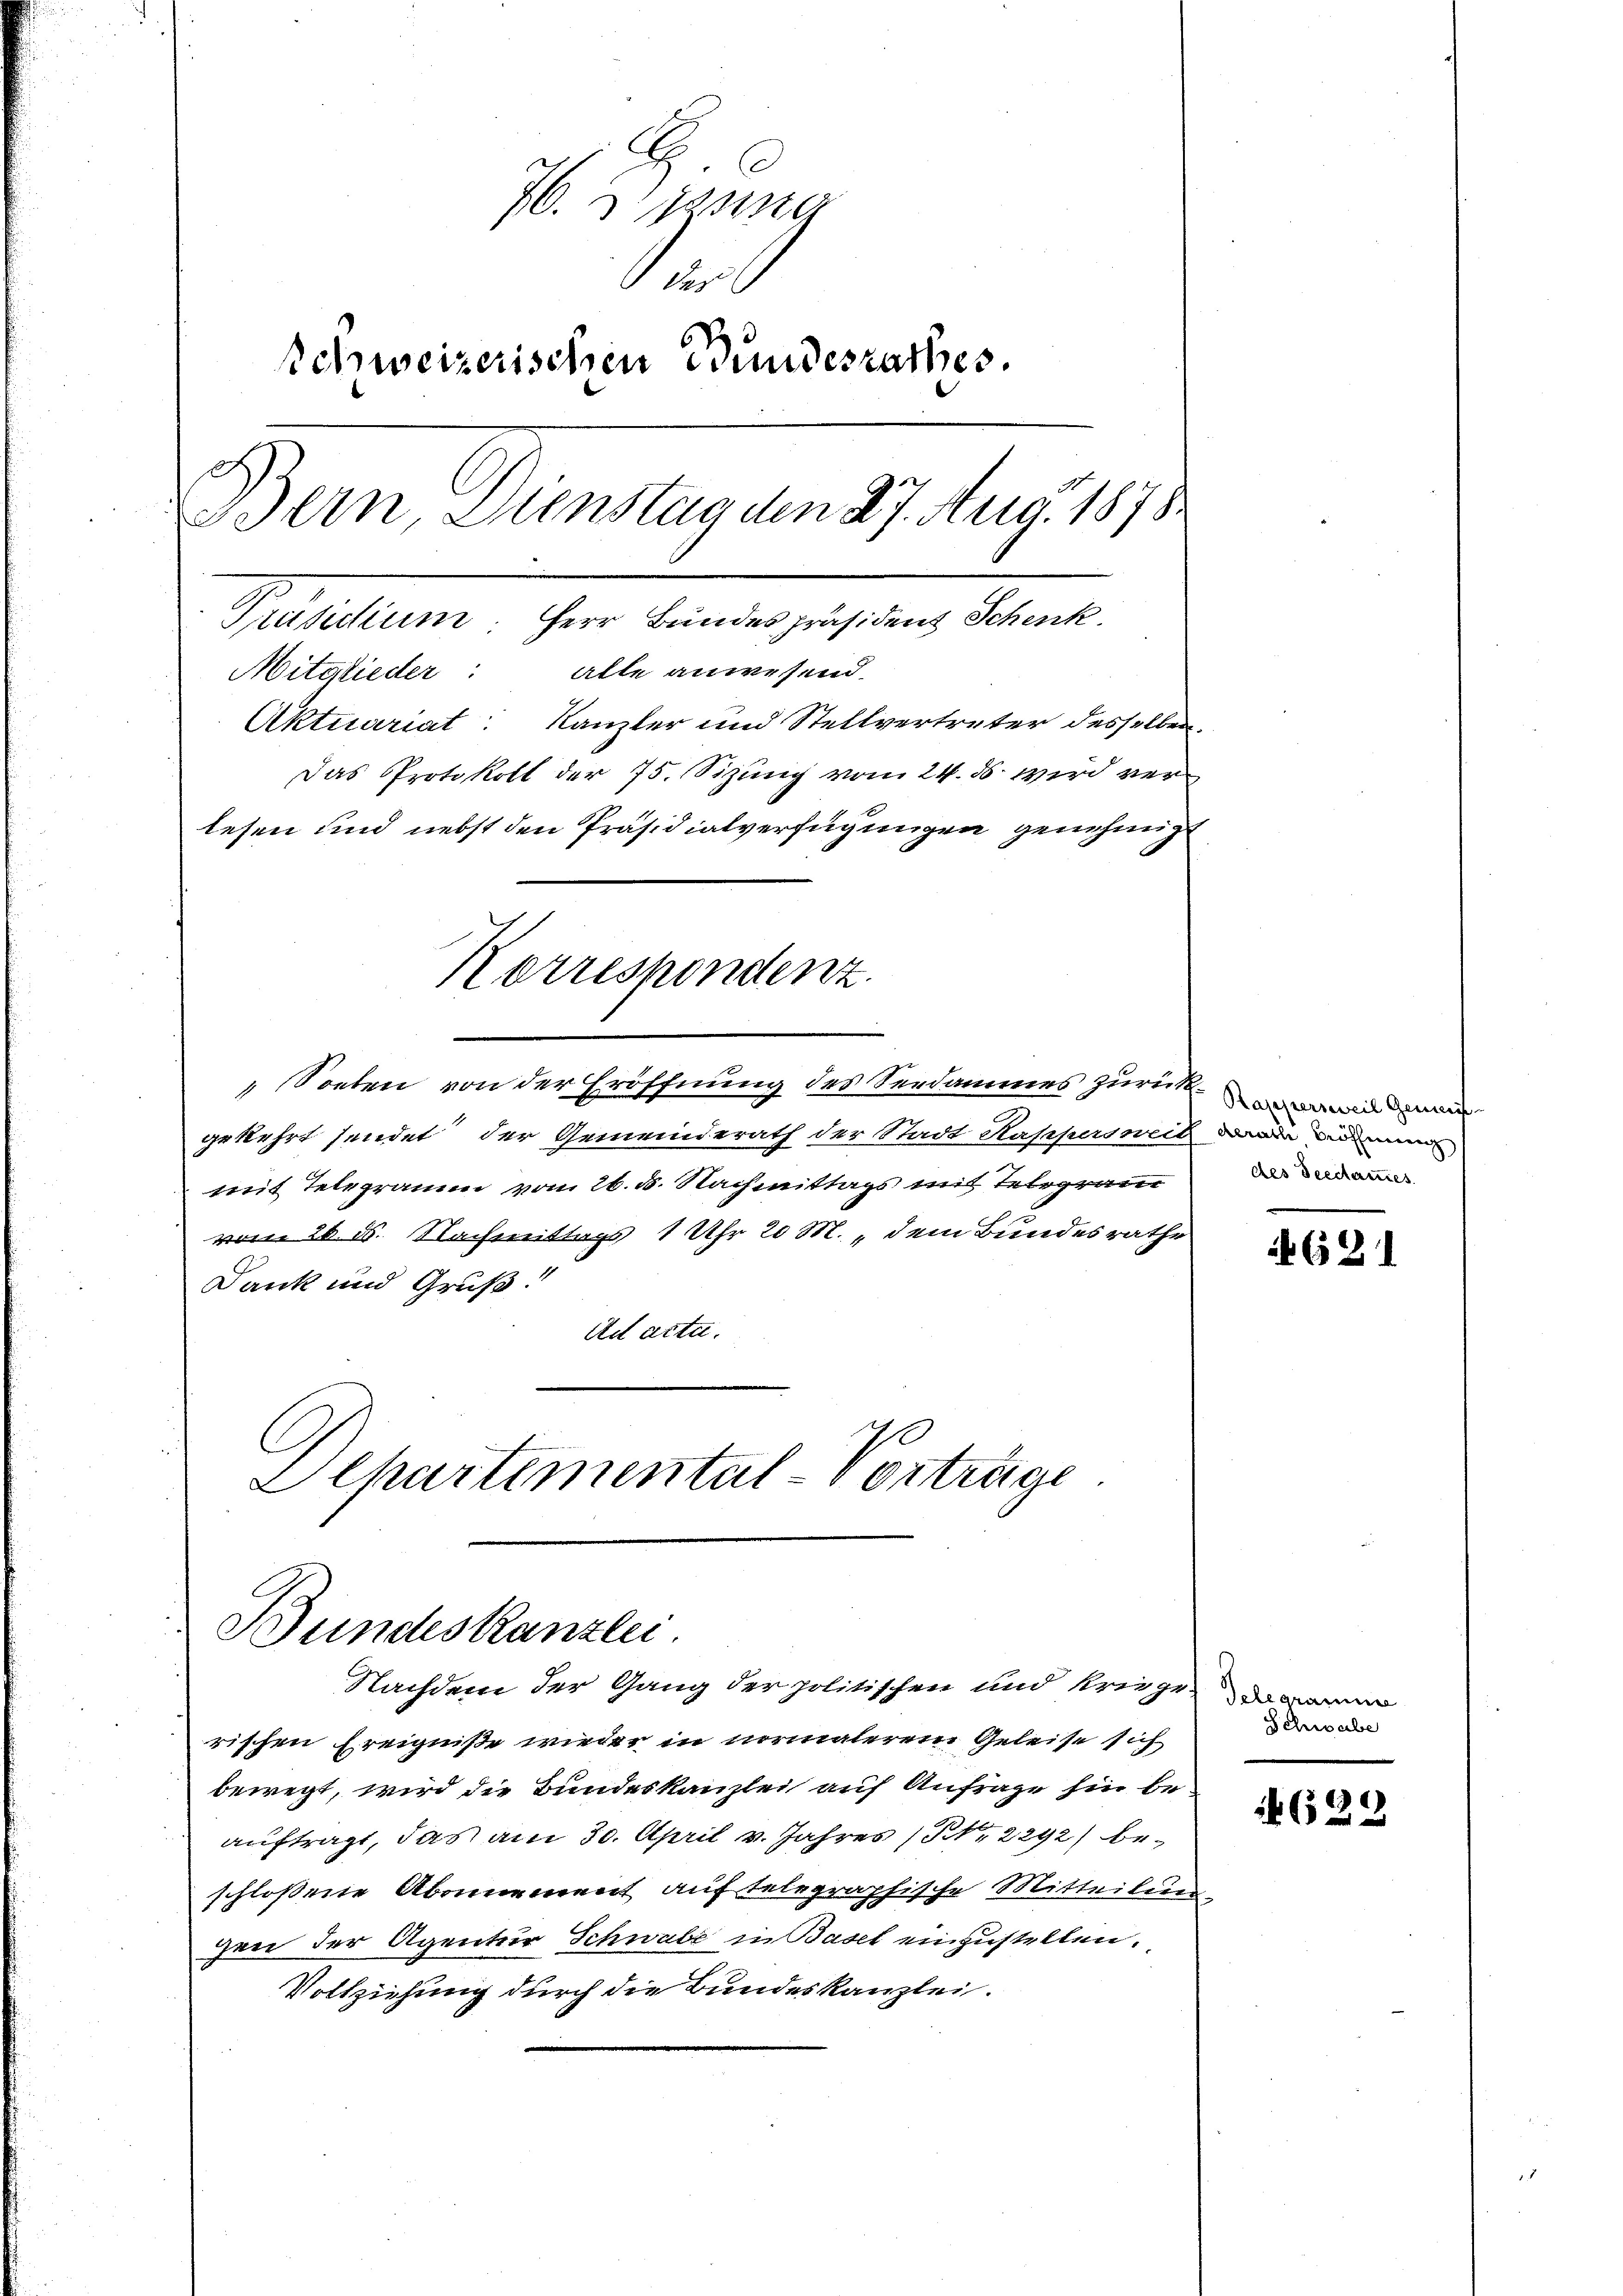
6
76. 25ste
S
Schweizerischen Bundesrathes.
Bern Dienstag den 27. Aug. 1878
Präsidium. Herr Bundespräsident Schenk
Mitglieder: alle anwesend.
Aktuariat: Kanzler und Stellvertreter desselben.
Das Protokoll der 75. Sizung vom 24. ds. wird verlesen und nebst den Präsidialverfügungen genehmigt

Soeben von der Eröffnung des Serdammes zurückgekehrt sendet, der Gemeinderath der Stadt Kappersweit
mit Telegramm vom 26. 5. Nachmittags mit Telegram
vom 26. ds. Nachmittags 1 Uhr 20 M., dem Bundesrathe
Dank und Gruß!
Ad acta.
I
C
Chartemental - vorträge

Korrespondenz.

Bundeskanzlei

Nachdem der Gang der politischen und Kriege
rischen Ereigniße wieder in normalerem Geleise sich
bewegt, wird die Bundeskanzlei auf Anfrage hin beauftragt, das am 30. April v. Jahres (S. 2292) beschlossene Abonnement auf telegraphische Mitteilun
gen der Agentur Schwabe in Basel einzustellen.
Vollziehung durch die Bundeskanzlei.

Rappersweil Gemein
Berathe Bröffnun
des Seechanes.

621

delegram
Schwabe

629